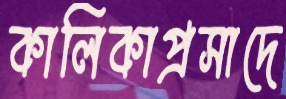
কালিকাপ্রসাদে